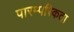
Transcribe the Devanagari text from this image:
पारम्परिकता